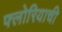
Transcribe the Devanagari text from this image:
फ्लोरियाची